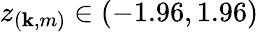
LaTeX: z_{(\mathbf{k},m)}\in(-1.96,1.96)